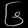
Digit: ၆